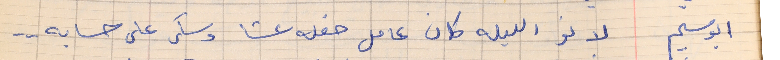
ابو سليم     لانو الليله كان عامل حفله عشا وسكر على حسابه  . .